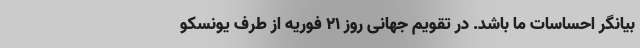
بیانگر احساسات ما باشد. در تقویم جهانی روز ۲۱ فوریه از طرف یونسکو